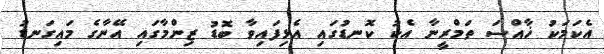
އެކަމަކު ޚާއްސަ ތަމްރީނާ އެކު ކޮނޑުގައި އެޅިފައިވާ ބޮޑު ޒިންމާގައި އޭނާގެ މައިގަނޑު